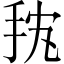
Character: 𱟴